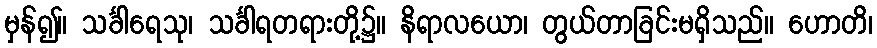
မှန်၍။ သင်္ခါရေသု၊ သင်္ခါရတရားတို့၌။ နိရာလယော၊ တွယ်တာခြင်းမရှိသည်။ ဟောတိ၊